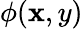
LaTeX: {\phi}(\mathbf{x},y)